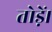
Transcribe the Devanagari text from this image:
तोड़ें।